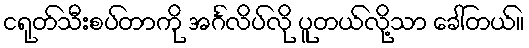
ငရုတ်သီးစပ်တာကို အင်္ဂလိပ်လို ပူတယ်လို့သာ ခေါ်တယ်။